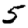
Digit: 5